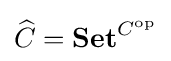
{\widehat {C}}=\mathbf {Set} ^{C^{\mathrm {op} }}